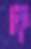
দ